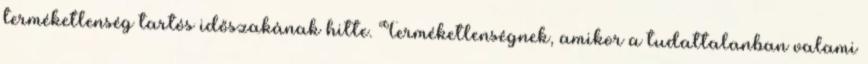
terméketlenség tartós időszakának hitte. Terméketlenségnek, amikor a tudattalanban valami